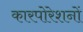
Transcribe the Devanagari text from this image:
कारपोरेशनों